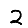
Digit: 2